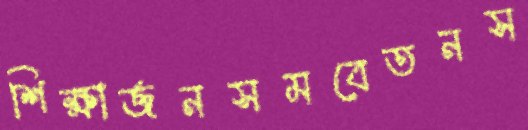
শিক্ষার্জনসমবেতনস